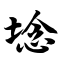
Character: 埝